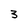
Character: 3